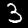
Digit: 3